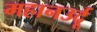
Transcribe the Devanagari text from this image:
महानउर्दू